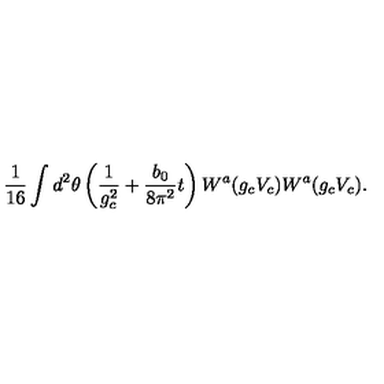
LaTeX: \frac { 1 } { 1 6 } \int d ^ { 2 } \theta \left( \frac { 1 } { g _ { c } ^ { 2 } } + \frac { b _ { 0 } } { 8 \pi ^ { 2 } } t \right) W ^ { a } ( g _ { c } V _ { c } ) W ^ { a } ( g _ { c } V _ { c } ) .